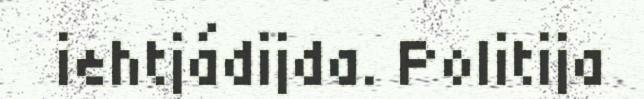
iehtjádijda. Politija